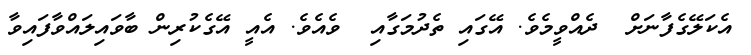
އެކަލޭގެފާނަށް  ދެއްވީމެވެ. އޭގައި ތެދުމަގާއި  ވެއެވެ. އެއީ އޭގެކުރިން ބާވައިލައްވާފައިވާ